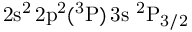
\mathrm { 2 s ^ { 2 } \, 2 p ^ { 2 } ( ^ { 3 } P ) \, 3 s ~ ^ { 2 } P _ { 3 / 2 } }